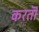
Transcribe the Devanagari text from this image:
करतॊ